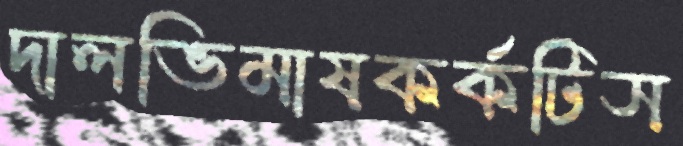
দালভিমাষকর্কটিস